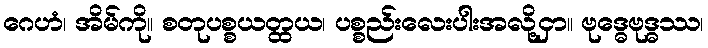
ဂေဟံ၊ အိမ်ကို။ စတုပစ္စယတ္ထယ၊ ပစ္စည်းလေးပါးအလို့ငှာ။ ဗုဒ္ဓေဗုဒ္ဓဿ၊